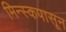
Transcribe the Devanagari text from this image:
मिन्स्कपासून